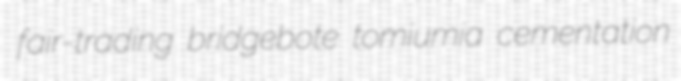
fair-trading bridgebote tomiumia cementation